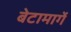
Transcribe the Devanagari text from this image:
बेटामार्गे